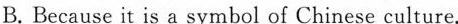
B. Because it is a symbol of Chinese culture.